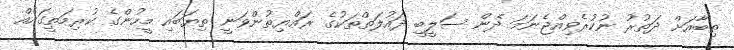
ތިބާއަށް ދަތުރު ނުކުރެވިއްޖެނަމަ ދެން ސަލީބީ ދައުލަތްތަކުގެ ރައްޔިތުންވަނީ ތިޔަބައި މީހުންގެ ކުރިމަތީގައެއް